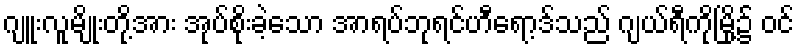
ဂျူးလူမျိုးတို့အား အုပ်စိုးခဲ့သော အာရပ်ဘုရင်ဟီရော့ဒ်သည် ဂျယ်ရီကိုမြို့၌ ဝင်